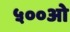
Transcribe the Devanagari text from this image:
५००ओ